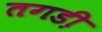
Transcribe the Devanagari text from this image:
तगडी़